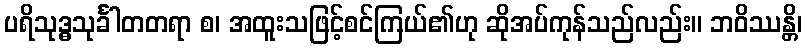
ပရိသုဒ္ဓသုင်္ခါတတရာ စ၊ အထူးသဖြင့်စင်ကြယ်၏ဟု ဆိုအပ်ကုန်သည်လည်း။ ဘဝိဿန္တိ၊